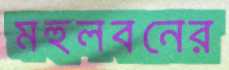
মহুলবনের